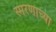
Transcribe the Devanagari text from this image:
स्मरणाच्या